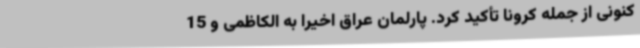
کنونی از جمله کرونا تأکید کرد. پارلمان عراق اخیرا به الکاظمی و 15